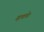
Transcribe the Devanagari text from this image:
म्हणचे।